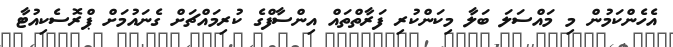
އެހެންކަމުން މި މައްސަލަ ބަލާ މިކަންކުރި ފަރާތްތައް އިންސާފްގެ ކުރިމައްޗަށް ގެނައުމަށް ޕްރޮސެކިއުޓާ